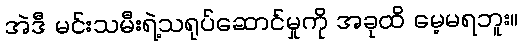
အဲဒီ မင်းသမီးရဲ့သရုပ်ဆောင်မှုကို အခုထိ မေ့မရဘူး။